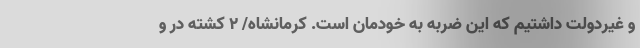
و غیردولت داشتیم که این ضربه به خودمان است. کرمانشاه/ ۲ کشته در و